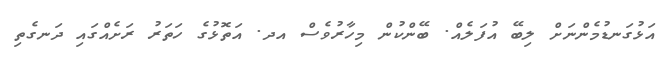
އަޅުގަނޑުމެންނަށް ލިބޭ އުފަލެއް. ބޭންކުން މިހާރުވެސް އދ. އަތޮޅުގެ ހަތަރު ރަށެއްގައި ދަނގެތި